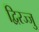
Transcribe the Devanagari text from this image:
द्विरज्जु